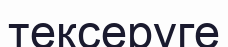
тексеруге